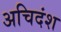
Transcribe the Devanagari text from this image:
अचिदंश